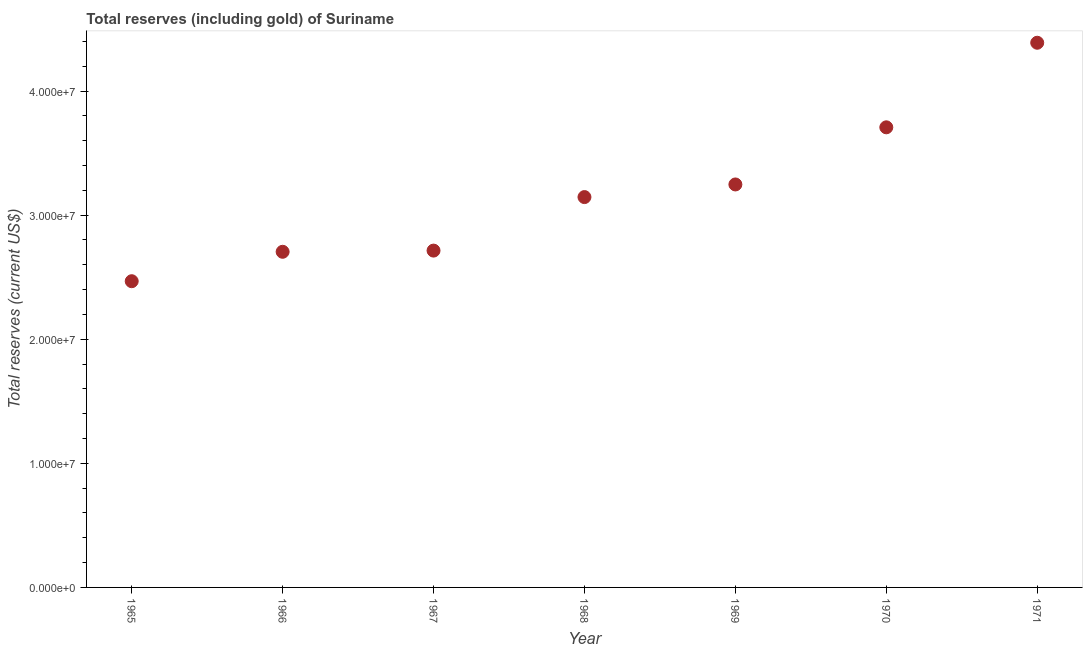
| Year | Total reserves (includes gold |
 | --- | --- |
 | 1965 | 2.47e+07 |
 | 1966 | 2.7e+07 |
 | 1967 | 2.71e+07 |
 | 1968 | 3.15e+07 |
 | 1969 | 3.25e+07 |
 | 1970 | 3.71e+07 |
 | 1971 | 4.39e+07 |